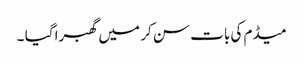
میڈم کی بات سن کر میں گھبرا گیا ۔